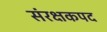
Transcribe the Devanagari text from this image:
संरक्षकपद